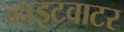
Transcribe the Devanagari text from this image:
व्हाइटवाटर